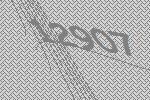
12907